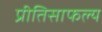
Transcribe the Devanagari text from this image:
प्रीतिसाफल्य